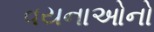
વયનાઓનો